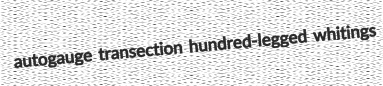
autogauge transection hundred-legged whitings